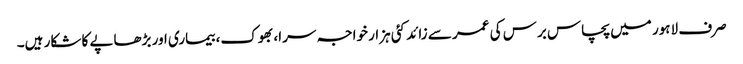
صرف لاہور میں پچاس برس کی عمر سے زائد کئی ہزار خواجہ سرا، بھوک، بیماری اور بڑھاپے کا شکار ہیں۔